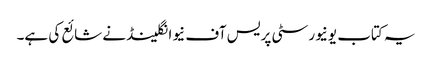
یہ کتاب یونیورسٹی پریس آف نیوانگلینڈ نے شائع کی ہے۔